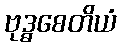
ဗုဒ္ဓစေတိယံ